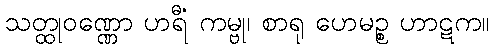
သတ္ထုဝဏ္ဏော ဟရီ ကမ္ဗု၊ စာရု ဟေမဉ္စ ဟာဋကံ။